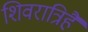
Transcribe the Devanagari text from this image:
शिवरात्रिहै